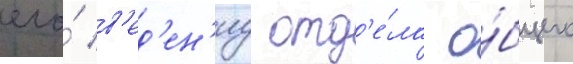
его́ в'ед'ен'иу отд'е́ла о́бщего